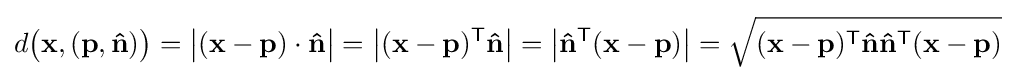
d{\bigl (}\mathbf {x} ,(\mathbf {p} ,\mathbf {\hat {n}} ){\bigr )}={\bigl |}(\mathbf {x} -\mathbf {p} )\cdot \mathbf {\hat {n}} {\bigr |}=\left|(\mathbf {x} -\mathbf {p} )^{\mathsf {T}}\mathbf {\hat {n}} \right|=\left|\mathbf {\hat {n}} ^{\mathsf {T}}(\mathbf {x} -\mathbf {p} )\right|={\sqrt {(\mathbf {x} -\mathbf {p} )^{\mathsf {T}}\mathbf {\hat {n}} \mathbf {\hat {n}} ^{\mathsf {T}}(\mathbf {x} -\mathbf {p} )}}